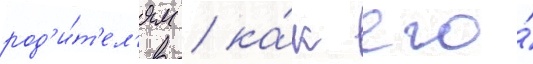
род'и́т'ел'ям / ка́к его́